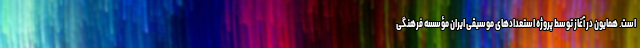
است. همایون در آغاز توسط پروژه استعدادهای موسیقی ایران مؤسسه فرهنگی